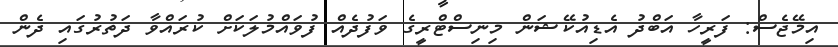
އިމޭޖެސް: ފަރީހާ އަބްދު އެޑިއުކޭޝަން މިނިސްޓްރީގެ ވަފުދެއް ފުވައްމުލަކަށް ކުރައްވާ ދަތުރުގައި ދެން